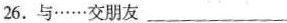
26.与……交朋友___